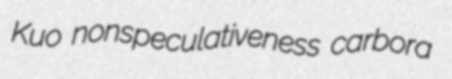
Kuo nonspeculativeness carbora